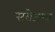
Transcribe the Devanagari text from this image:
सरोजम्मा